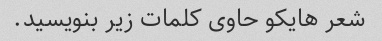
شعر هایکو حاوی کلمات زیر بنویسید.